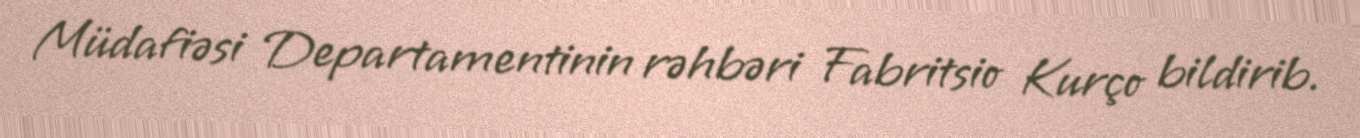
Müdafiəsi Departamentinin rəhbəri Fabritsio Kurço bildirib.